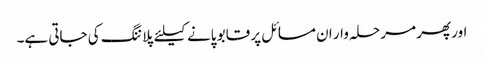
اور پھر مرحلہ وار ان مسائل پر قابو پانے کیلئے پلاننگ کی جاتی ہے۔